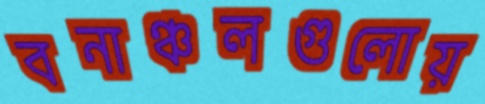
বনাঞ্চলগুলোয়